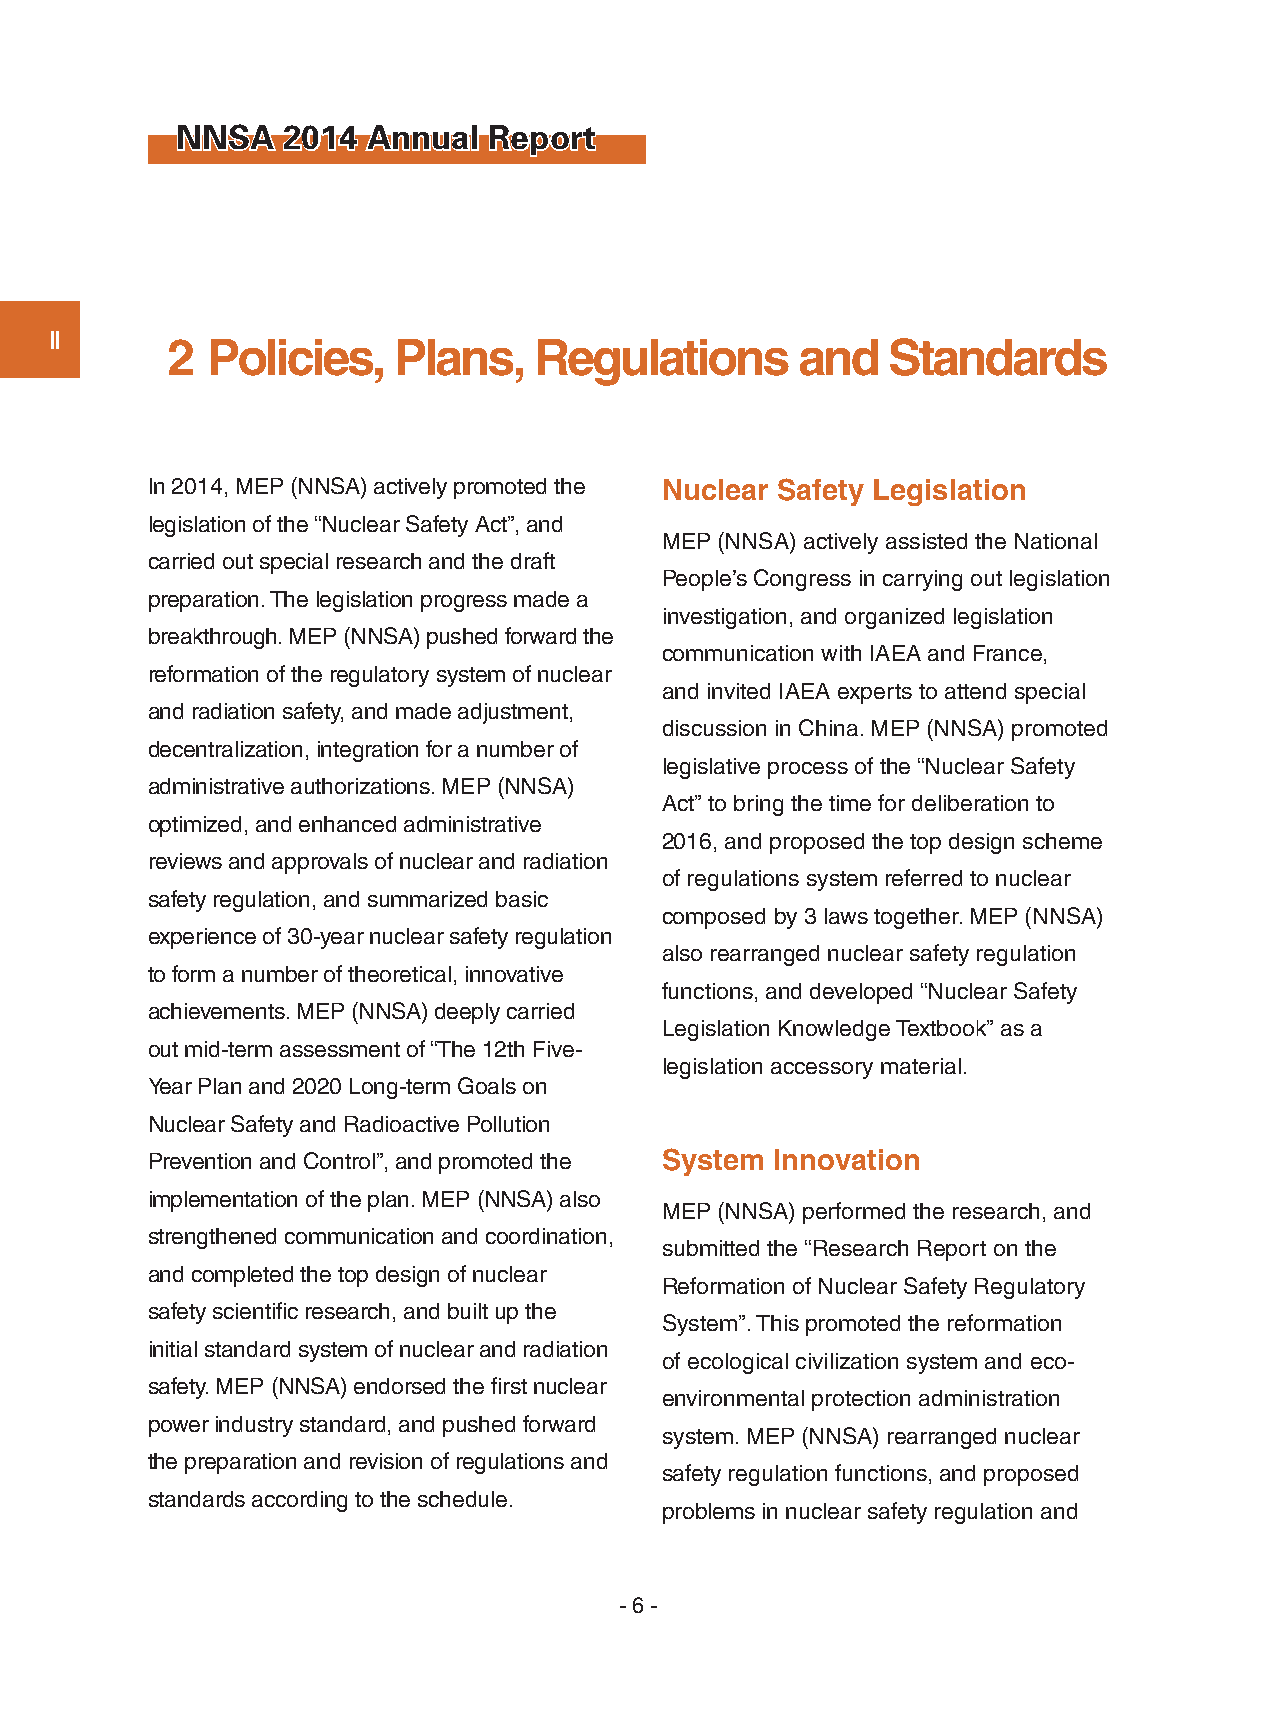
NNSA   2014 Annual  Report
 Ⅱ       2  Policies,   Plans,   Regulations       and   Standards
 In 2014, MEP (NNSA) actively promoted the Nuclear Safety Legislation
 legislation of the “Nuclear Safety Act”, and
 MEP (NNSA) actively assisted the National
 carried out special research and the draft
 People’s Congress in carrying out legislation
 preparation. The legislation progress made a
 investigation, and organized legislation
 breakthrough. MEP (NNSA) pushed forward the
 communication with IAEA and France,
 reformation of the regulatory system of nuclear
 and invited IAEA experts to attend special
 and radiation safety, and made adjustment,
 discussion in China. MEP (NNSA) promoted
 decentralization, integration for a number of
 legislative process of the “Nuclear Safety
 administrative authorizations. MEP (NNSA)
 Act” to bring the time for deliberation to
 optimized, and enhanced administrative
 2016, and proposed the top design scheme
 reviews and approvals of nuclear and radiation
 of regulations system referred to nuclear
 safety regulation, and summarized basic
 composed by 3 laws together. MEP (NNSA)
 experience of 30-year nuclear safety regulation
 also rearranged nuclear safety regulation
 to form a number of theoretical, innovative
 functions, and developed “Nuclear Safety
 achievements. MEP (NNSA) deeply carried
 Legislation Knowledge Textbook” as a
 out mid-term assessment of “The 12th Five-
 legislation accessory material.
 Year Plan and 2020 Long-term Goals on
 Nuclear Safety and Radioactive Pollution
 Prevention and Control”, and promoted the System Innovation
 implementation of the plan. MEP (NNSA) also
 MEP (NNSA) performed the research, and
 strengthened communication and coordination,
 submitted the “Research Report on the
 and completed the top design of nuclear
 Reformation of Nuclear Safety Regulatory
 safety scientific research, and built up the
 System”. This promoted the reformation
 initial standard system of nuclear and radiation
 of ecological civilization system and eco-
 safety. MEP (NNSA) endorsed the first nuclear
 environmental protection administration
 power industry standard, and pushed forward
 system. MEP (NNSA) rearranged nuclear
 the preparation and revision of regulations and
 safety regulation functions, and proposed
 standards according to the schedule.
 problems in nuclear safety regulation and
 - 6 -